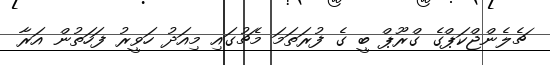
ޗެލެންޖްކަޕްގެ ގްރޫޕް ބީ ގެ ފުރަތަމަ މެޗުގައި މިއަދު ހަވީރު ފަހަތުން އަރާ